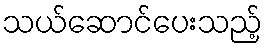
သယ်ဆောင်ပေးသည့်